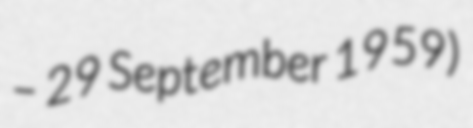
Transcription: – 29 September 1959)